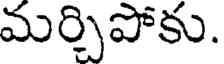
మర్చిపోకు.